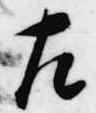
左